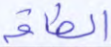
الطاقة